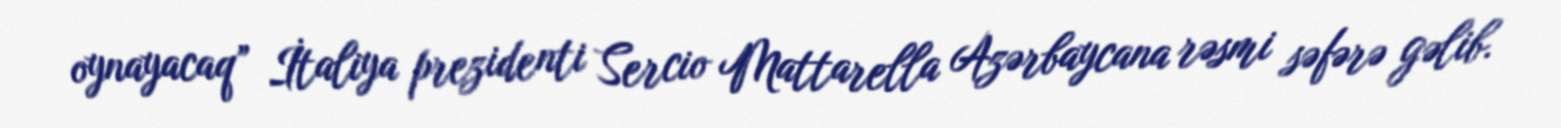
oynayacaq” İtaliya prezidenti Sercio Mattarella Azərbaycana rəsmi səfərə gəlib.